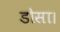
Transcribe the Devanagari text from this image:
डोसा।